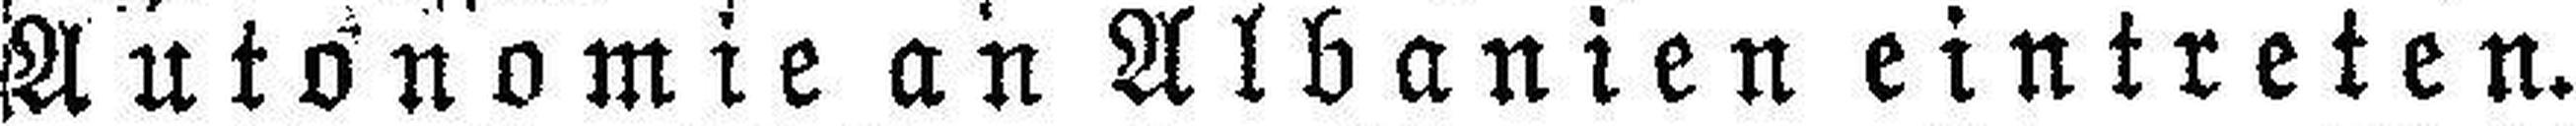
Autonomie an Albanien eintreten.